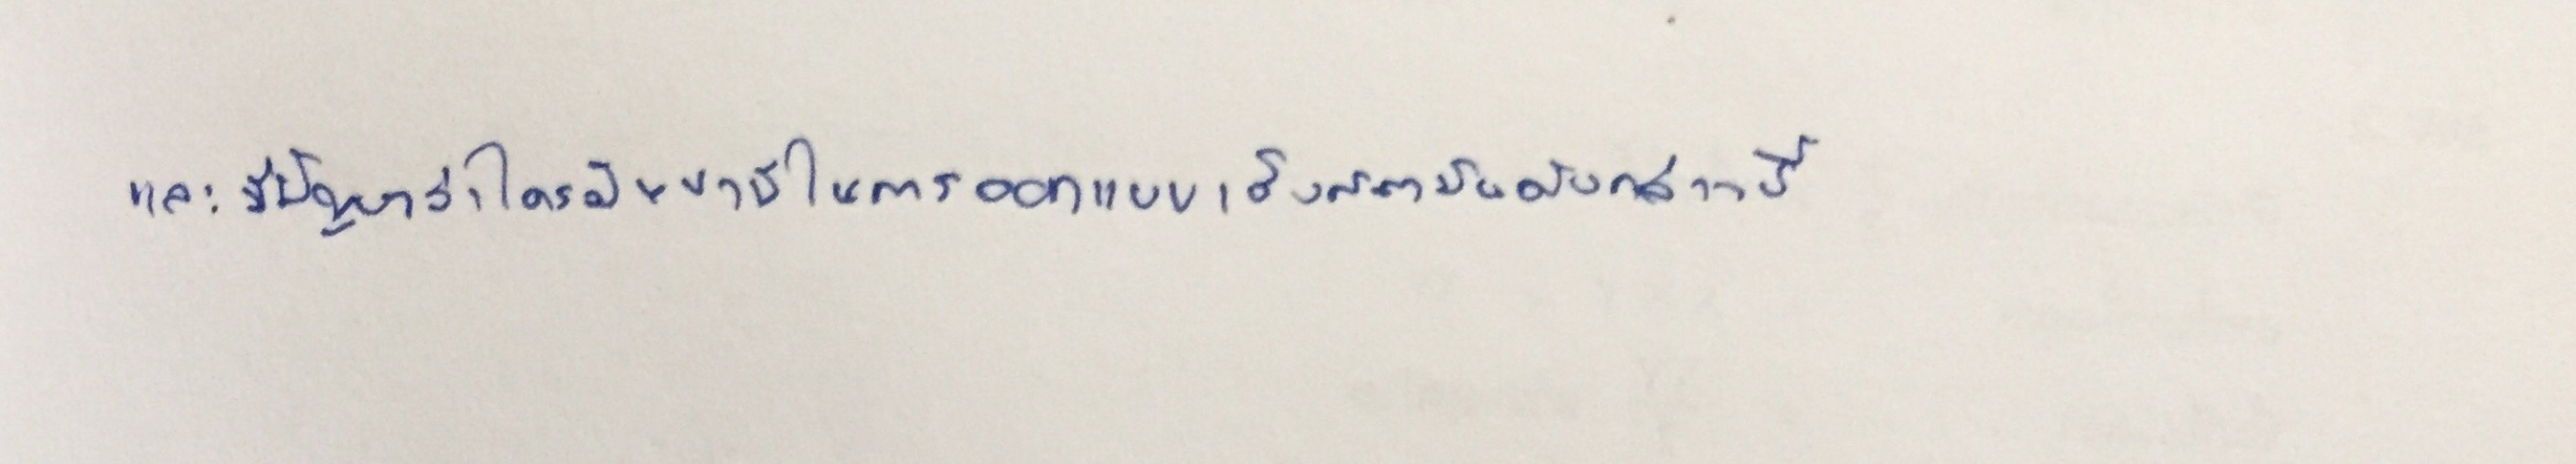
และมีปัญหาว่าใครมีหน้าที่ในการออกแบบเชิงสถาบันดังกล่าวนี้